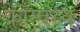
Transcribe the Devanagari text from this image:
क्रॉम्पटन